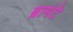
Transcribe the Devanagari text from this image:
ब्रामंटे